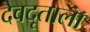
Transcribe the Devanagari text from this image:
देवदूताला